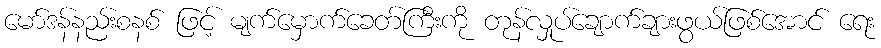
မော်ဒန်နည်းစနစ် ဖြင့် မျက်မှောက်ခေတ်ကြီးကို တုန်လှုပ်ချောက်ချားဖွယ်ဖြစ်အောင် ရေး